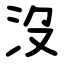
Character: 沒